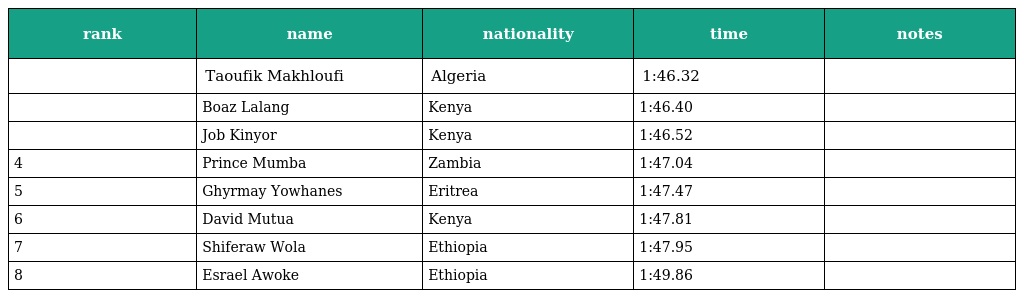
| rank | name | nationality | time | notes |
 | --- | --- | --- | --- | --- |
 |  | Taoufik Makhloufi | Algeria | 1:46.32 |  |
 |  | Boaz Lalang | Kenya | 1:46.40 |  |
 |  | Job Kinyor | Kenya | 1:46.52 |  |
 | 4 | Prince Mumba | Zambia | 1:47.04 |  |
 | 5 | Ghyrmay Yowhanes | Eritrea | 1:47.47 |  |
 | 6 | David Mutua | Kenya | 1:47.81 |  |
 | 7 | Shiferaw Wola | Ethiopia | 1:47.95 |  |
 | 8 | Esrael Awoke | Ethiopia | 1:49.86 |  |